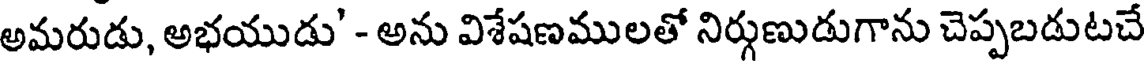
అమరుడు, అభయుడు' - అను విశేషణములతో నిర్గుణుడుగాను చెప్పబడుటచే